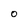
Character: 0